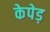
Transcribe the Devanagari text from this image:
केपेड़